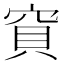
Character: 𥦎